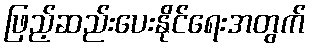
ဖြည့်ဆည်းပေးနိုင်ရေးအတွက်